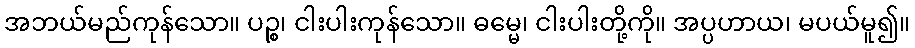
အဘယ်မည်ကုန်သော။ ပဉ္စ၊ ငါးပါးကုန်သော။ ဓမ္မေ၊ ငါးပါးတို့ကို။ အပ္ပဟာယ၊ မပယ်မူ၍။